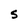
Character: S